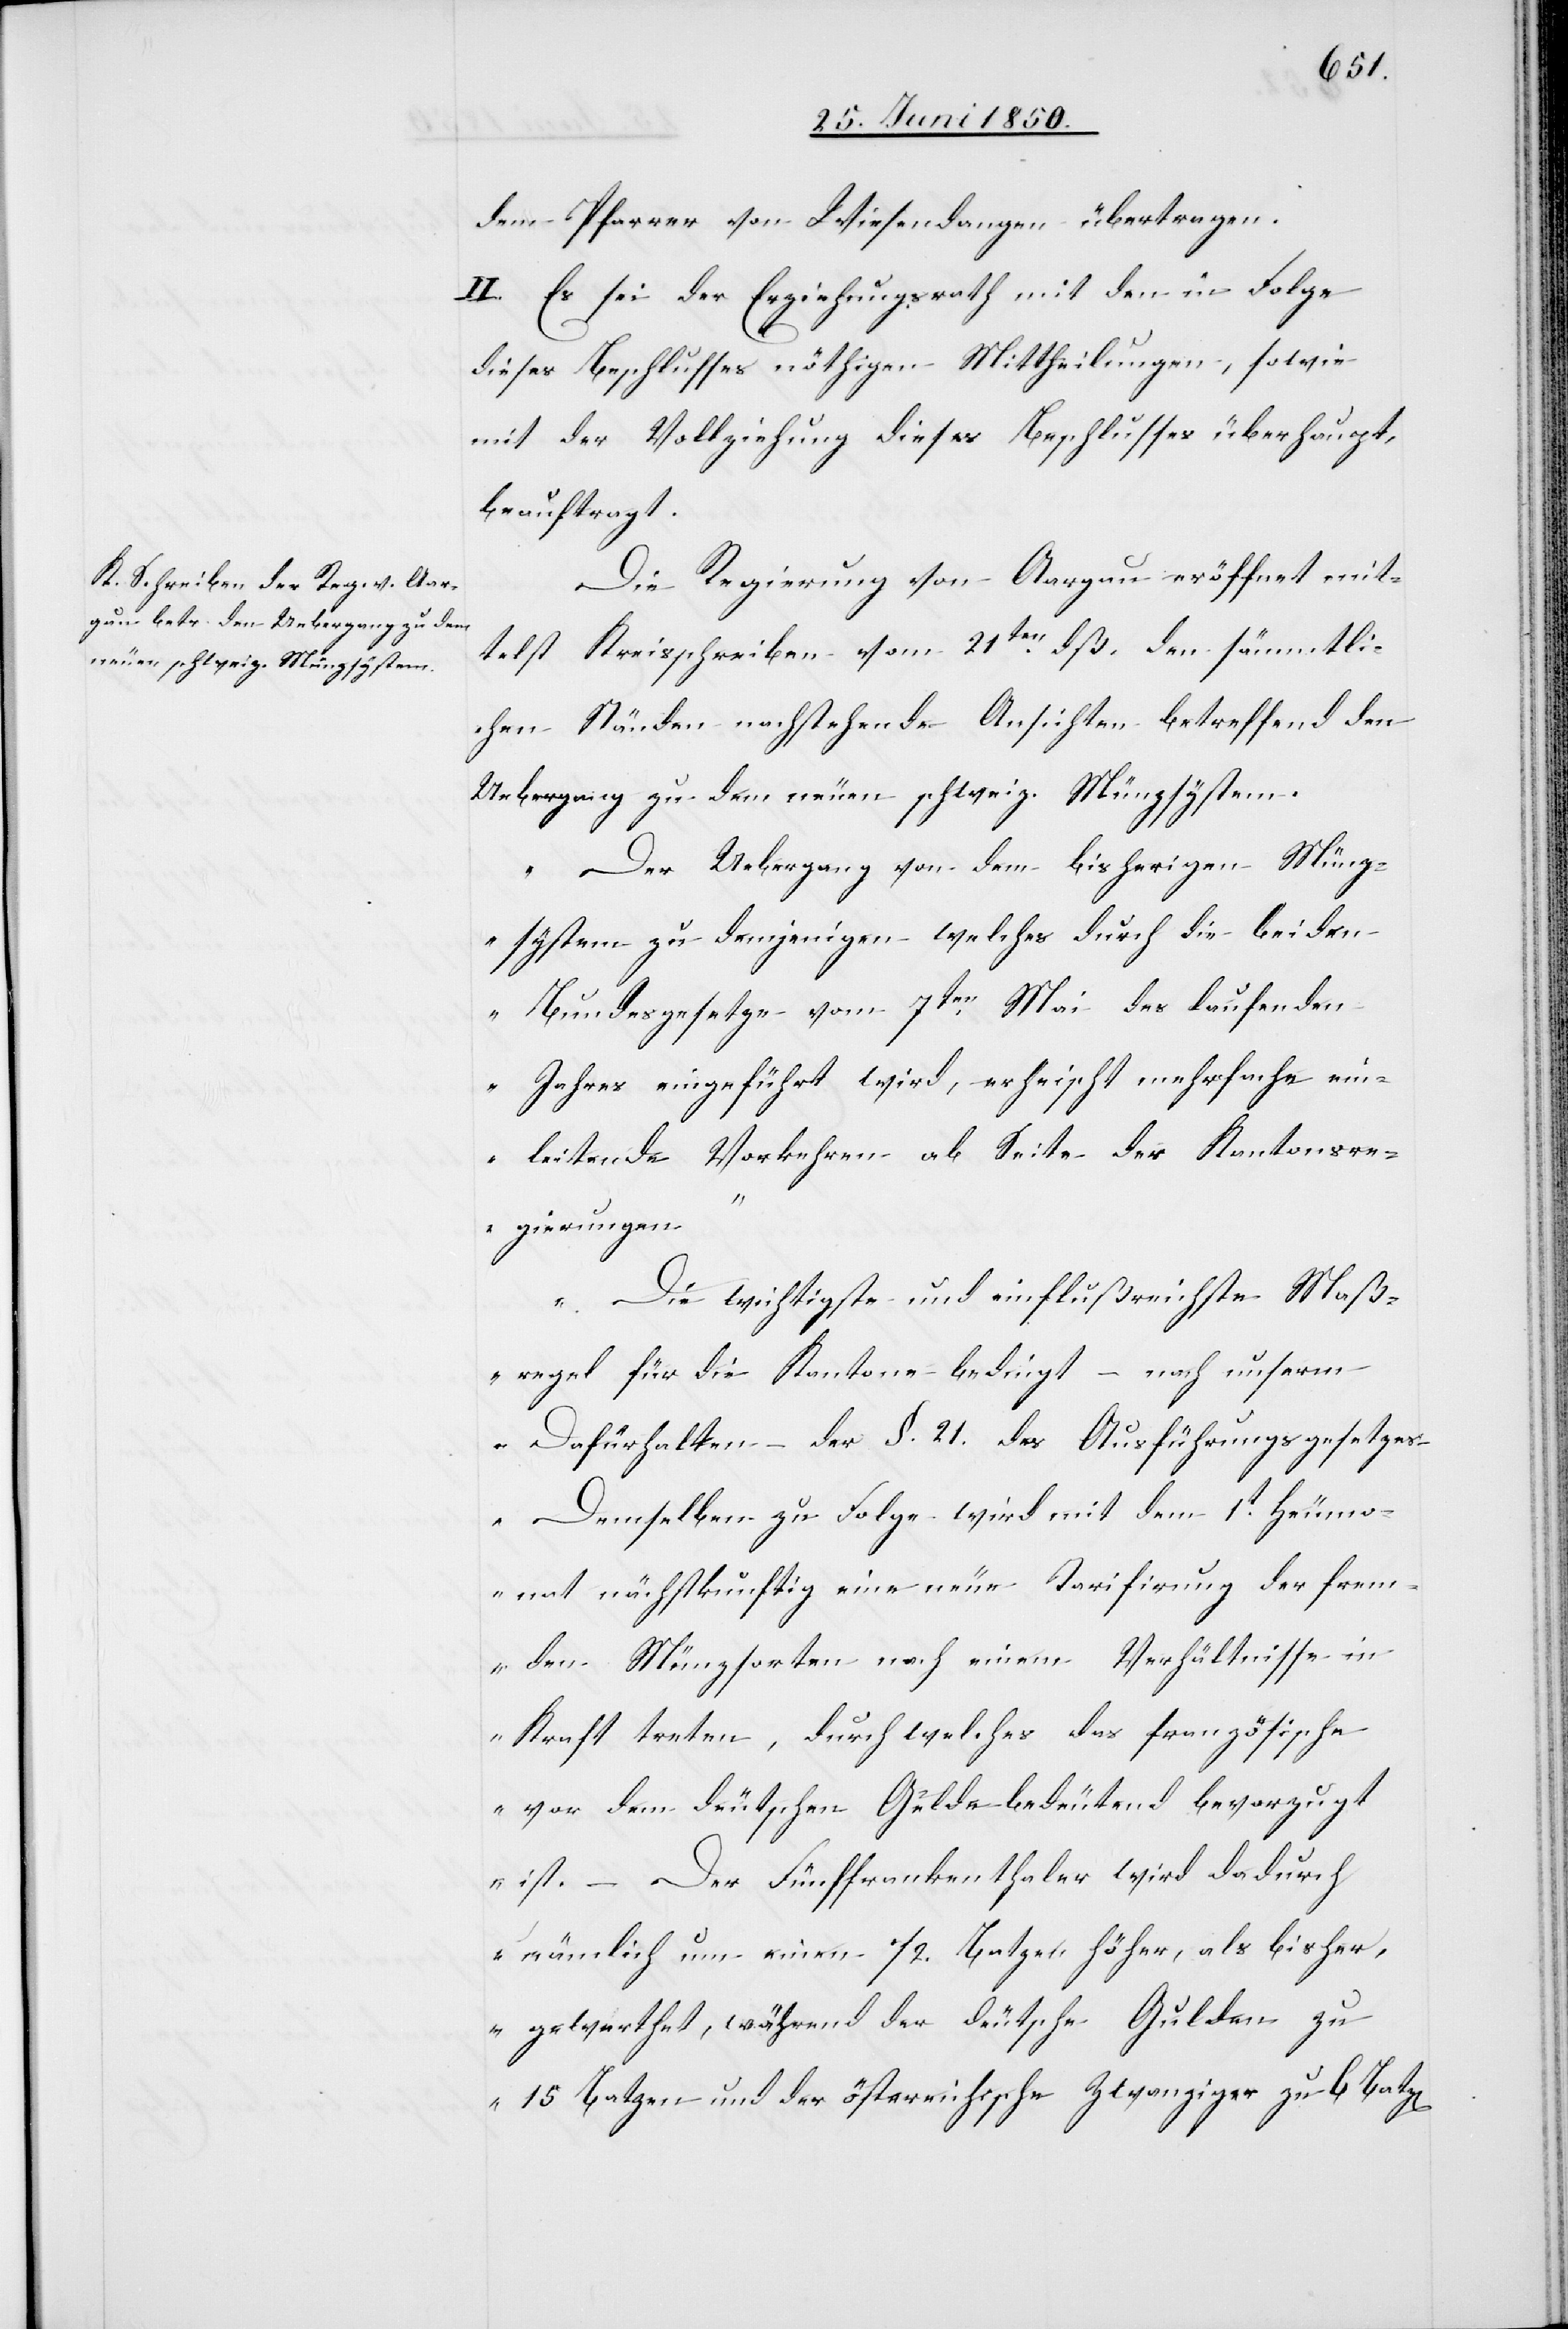
dem Pfarrer von Wiesendangen übertragen.
II. Es sei der Erziehungsrath mit den in Folge
dieses Beschlusses nöthigen Mittheilungen, sowie
mit der Vollziehung dieses Beschlusses überhaupt,
beauftragt.
Die Regierung von Aargau eröffnet mit¬
telst Kreisschreiben vom 21ten dß. den sämmtli¬
chen Ständen nachstehende Ansichten betreffend den
Uebergang zu dem neuen schweiz. Münzsystem.
„Der Uebergang von dem bisherigen Münz¬
system zu demjenigen welches durch die beiden
Bundesgesetze vom 7ten Mai des laufenden
Jahres eingeführt wird, erheischt mehrfache ein¬
leitende Vorkehren ab Seite der Kantonsre¬
gierungen“
„Die wichtigste und einflußreichste Maß¬
regel für die Kantone bedingt – nach unserm
Dafürhalten – der §. 21. des Ausführungsgesetzes.
Demselben zu Folge wird mit dem 1t Heumo¬
nat nächstkunftig eine neue Tarifirung der frem¬
den Münzsorten nach einem Verhältnisse in
Kraft treten, durch welches das französische
vor dem deutschen Gelde bedeutend bevorzugt
ist. – Der Fünffrankenthaler wird dadurch
nämlich um einen 1/2. Batzen höher, als bisher,
gewerthet, während der deutsche Gulden zu
15 Batzen und der österreichische Zwanziger zu 6 Batz[en]